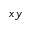
x y